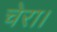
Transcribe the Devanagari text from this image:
चेरा।